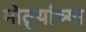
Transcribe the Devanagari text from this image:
मोठ्यांच्या